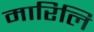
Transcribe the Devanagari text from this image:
मारिलि